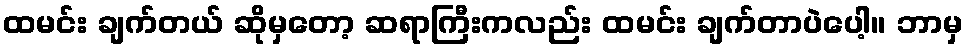
ထမင်း ချက်တယ် ဆိုမှတော့ ဆရာကြီးကလည်း ထမင်း ချက်တာပဲပေါ့။ ဘာမှ